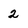
Character: 2